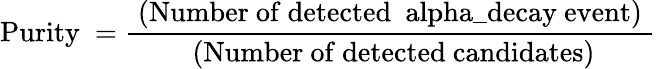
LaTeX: \mathrm{{Purity}~=\frac{~\mathrm{{(Number~of~detected}~\ alpha\mathrm{{\_ decay~event)}~}}}{~\mathrm{{(Number~of~detected~candidates)}}}}